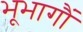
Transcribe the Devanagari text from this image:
भूभागौं